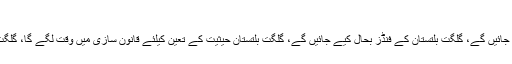
اٹارنی جنرل انور منصور نے عدالت کو بتایا کہ
گلگت بلتستان کے لوگوں کو بنیادی حقوق فراہم کیے جائیں گے، گلگت بلتستان کے فنڈز بحال کیے جائیں گے، گلگت بلتستان حیثیت کے تعین کیلئے قانون سازی میں وقت لگے گا، گلگت بلستان کو پارلیمنٹ میں تین نشستیں دی جائیں گی ۔